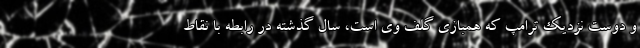
و دوست نزدیک ترامپ که همبازی گلف وی است، سال گذشته در رابطه با نقاط